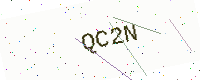
Text: QC2N